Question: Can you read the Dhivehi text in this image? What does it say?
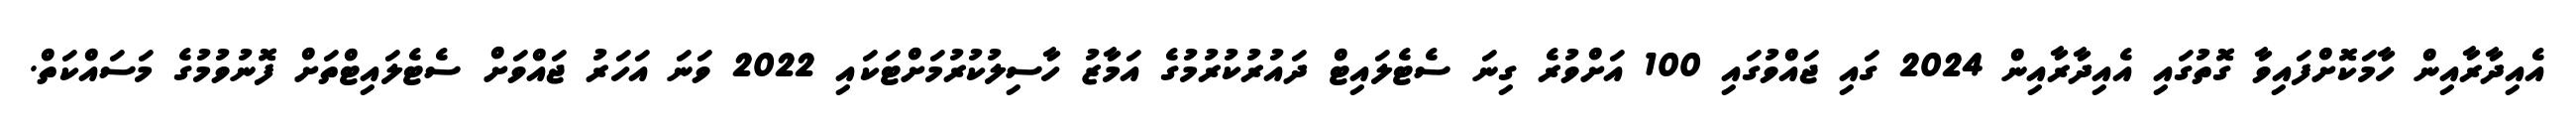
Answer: އެއިދާރާއިން ހާމަކޮށްފައިވާ ގޮތުގައި އެއިދާރާއިން 2024 ގައި ޖައްވުގައި 100 އަށްވުރެ ގިނަ ސެޓެލައިޓް ދައުރުކުރުމުގެ އަމާޒު ހާސިލުކުރުމަށްޓަކައި 2022 ވަނަ އަހަރު ޖައްވަށް ސެޓެލައިޓްތަށް ފޮނުވުމުގެ މަސައްކަތް.